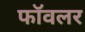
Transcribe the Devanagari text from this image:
फॉवलर